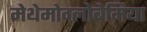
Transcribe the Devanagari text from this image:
मेथेमोग्लोबेमिया